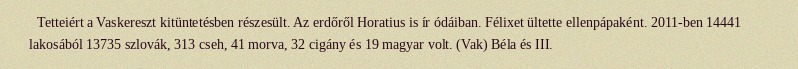
Tetteiért a Vaskereszt kitüntetésben részesült. Az erdőről Horatius is ír ódáiban. Félixet ültette ellenpápaként. 2011-ben 14441 lakosából 13735 szlovák, 313 cseh, 41 morva, 32 cigány és 19 magyar volt. (Vak) Béla és III.